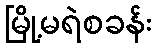
မြို့မရဲစခန်း